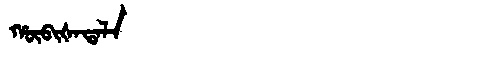
Manchu: ᡥᡡᠪᡳᡧᠠᡨᠠᠯᠠ
Romanization: HŪBIŠATALA